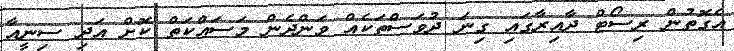
އެގޮތުން ރިސޯޓް ދާއިރާގައި ގިނަ ދުވަސްތަކެއް ވަންދެން މަސައްކަތް ކޮށް އަދި ސިނީއާ